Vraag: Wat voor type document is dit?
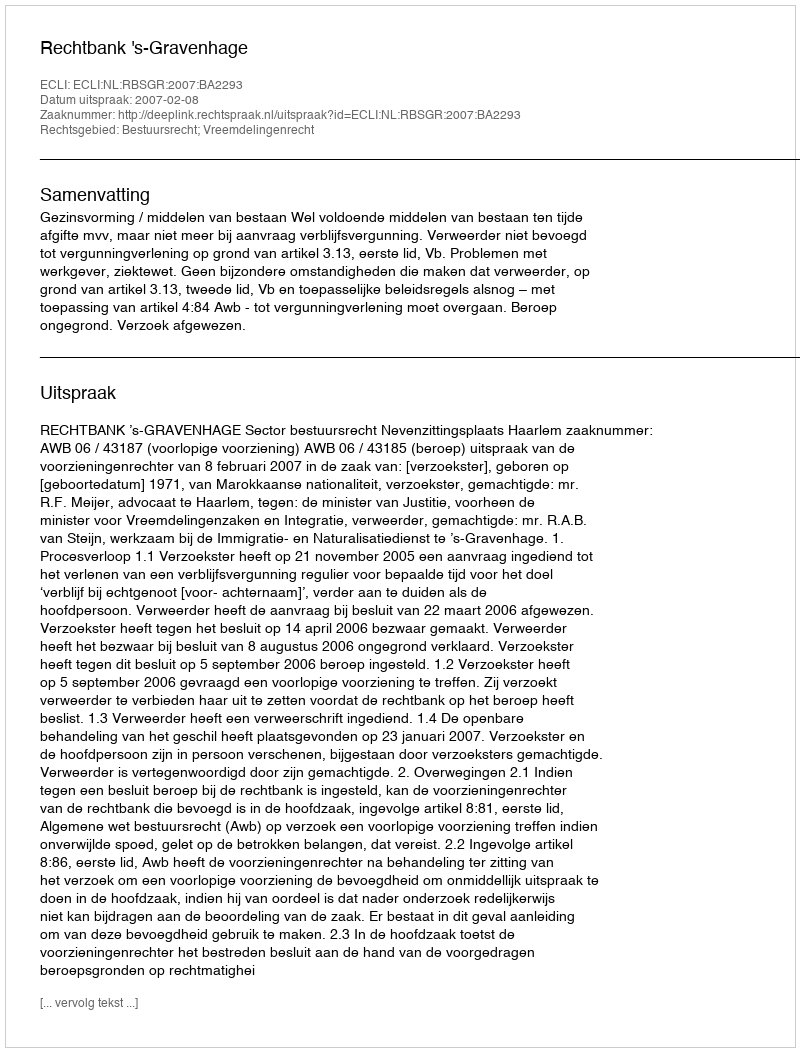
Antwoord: Uitspraak